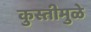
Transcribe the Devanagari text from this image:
कुस्तीमुळे